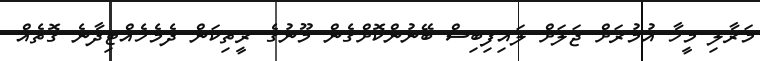
މަރާލި މީހާ އުމުރަށް ޖަލަށް ލައިފިބިސް ބޭނުންކޮށްގެން މޫނުގެ ރީތިކަން ދެމެހެއްޓިދާނެ ގޮތެއް